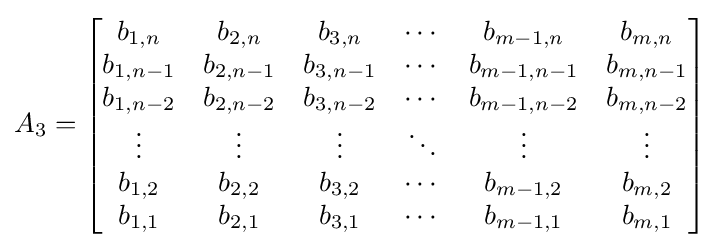
A_{3}={\begin{bmatrix}b_{1,n}&b_{2,n}&b_{3,n}&\cdots &b_{m-1,n}&b_{m,n}\\b_{1,n-1}&b_{2,n-1}&b_{3,n-1}&\cdots &b_{m-1,n-1}&b_{m,n-1}\\b_{1,n-2}&b_{2,n-2}&b_{3,n-2}&\cdots &b_{m-1,n-2}&b_{m,n-2}\\\vdots &\vdots &\vdots &\ddots &\vdots &\vdots \\b_{1,2}&b_{2,2}&b_{3,2}&\cdots &b_{m-1,2}&b_{m,2}\\b_{1,1}&b_{2,1}&b_{3,1}&\cdots &b_{m-1,1}&b_{m,1}\end{bmatrix}}